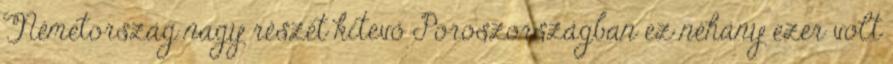
Németország nagy részét kitevő Poroszországban ez néhány ezer volt